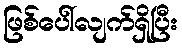
ဖြစ်ပေါ်လျက်ရှိပြီး